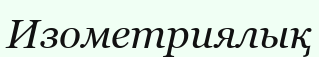
Изометриялық